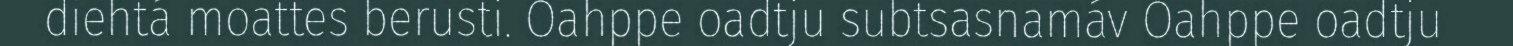
diehtá moattes berusti. Oahppe oadtju subtsasnamáv Oahppe oadtju